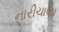
નારીચાણા